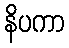
နိပကာ